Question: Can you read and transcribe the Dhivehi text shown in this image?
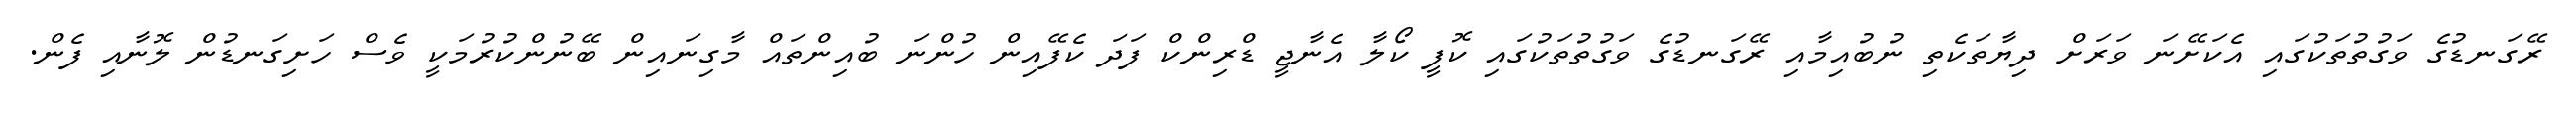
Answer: ރޭގަނޑުގެ ވަގުތުތަކުގައި އެކަށޭނަ ވަރަށް ދިޔާތަކެތި ނުބުއިމާއި ރޭގަނޑުގެ ވަގުތުތަކުގައި ކޮފީ ކޯލާ އެނާޖީ ޑްރިންކް ފަދަ ކެފޭއިން ހުންނަ ބުއިންތައް މާގިނައިން ބޭނުންކުރުމަކީ ވެސް ހަށިގަނޑުން ލޮނާއި ފެން.